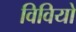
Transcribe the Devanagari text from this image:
विवियो